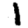
Digit: 1